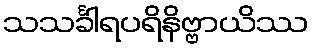
သသင်္ခါရပရိနိဗ္ဗာယိဿ